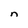
Character: n